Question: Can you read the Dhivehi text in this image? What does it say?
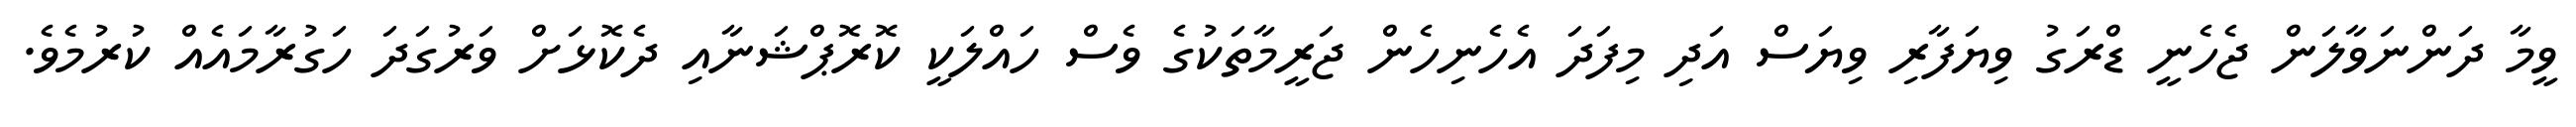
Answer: ވީމާ ދަންނަވާލަން ޖެހެނީ ޑްރަގު ވިޔަފާރި ވިޔަސް އަދި މިފަދަ އެހެނިހެން ޖަރީމާތަކުގެ ވެސް ހައްލަކީ ކޮރޮޕްޝަނާއި ދެކޮޅަށް ވަރުގަދަ ހަގުރާމައެއް ކުރުމެވެ.